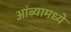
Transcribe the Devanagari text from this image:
आंब्यामध्ये